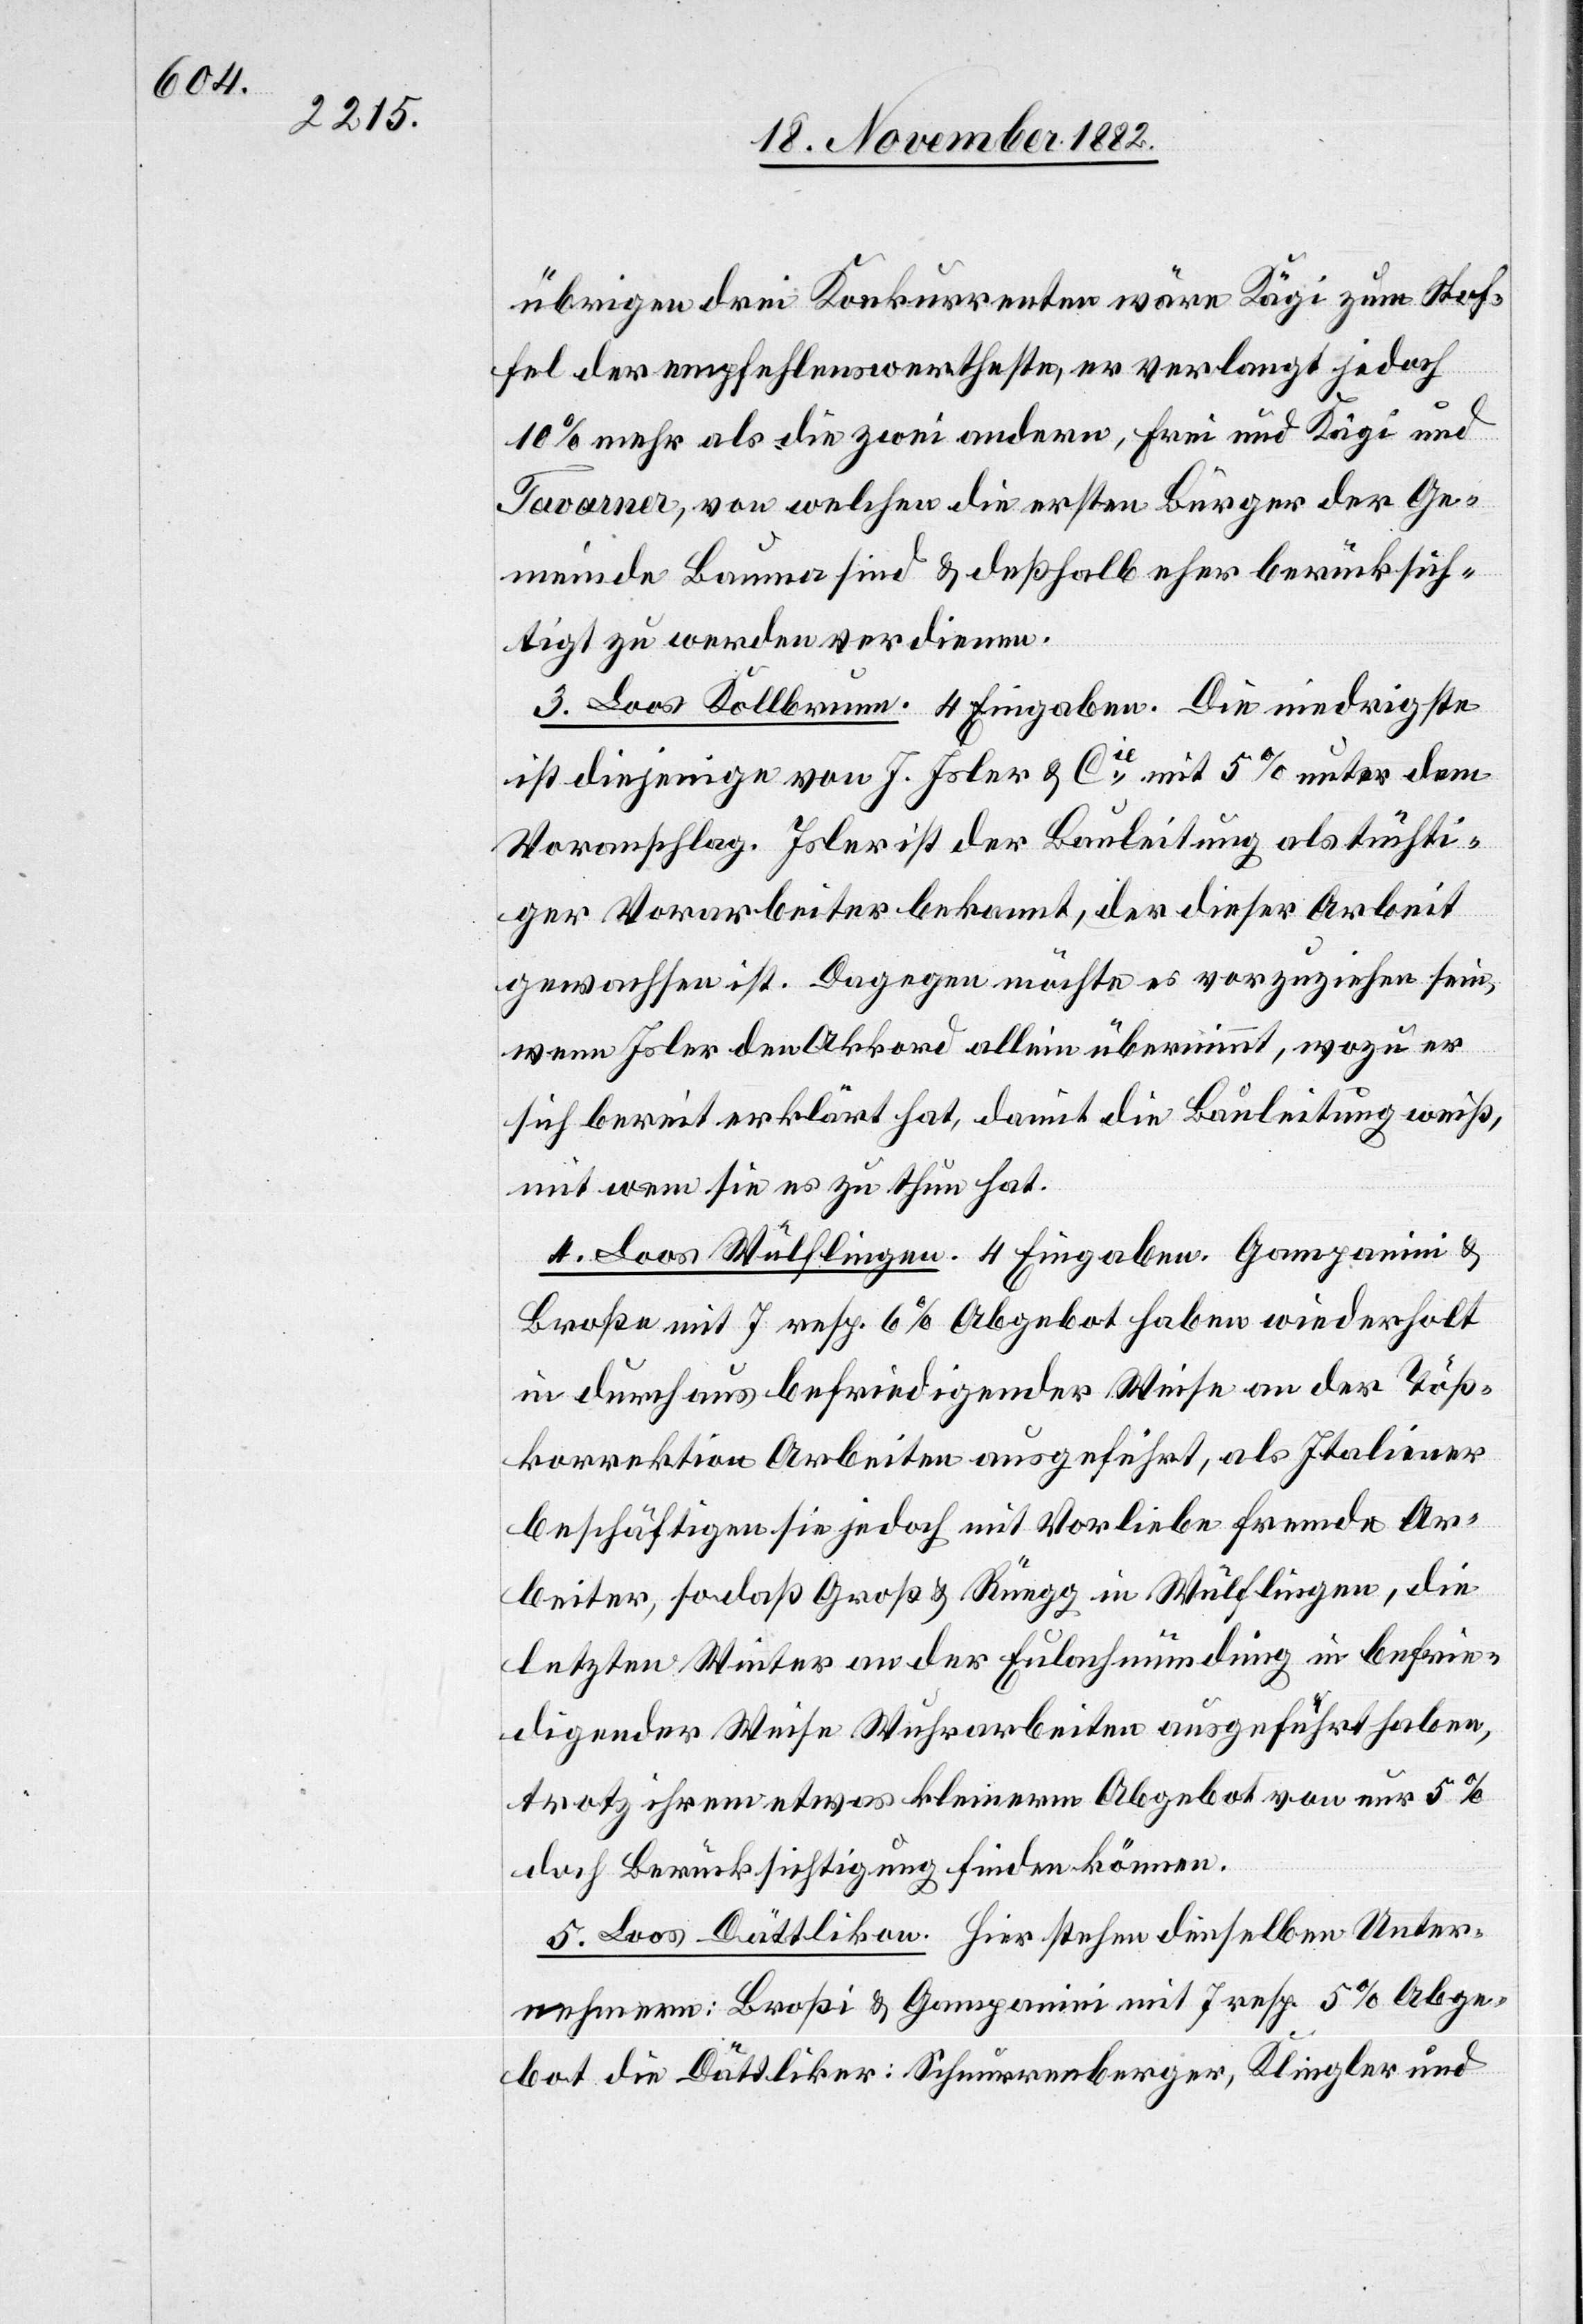
übrigen drei Konkurrenten wäre Kägi zum Stof¬
fel der empfehlenswertheste, er verlangt jedoch
10% mehr als die zwei andern, Frei und Kägi und
Tavarner, von welchen die ersten Bürger der Ge¬
meinde Bauma sind & deßhalb eher berücksich¬
tigt zu werden verdienen.
3. Loos Kollbrunn. 4 Eingaben. Die niedrigste
ist diejenige von J. Isler & Cie, mit 5% unter dem
Voranschlag. Isler ist der Bauleitung als tüchti¬
ger Vorarbeiter bekannt, der dieser Arbeit
gewachsen ist. Dagegen möchte es vorzuziehen sein,
wenn Isler den Akkord allein übernimmt, wozu er
sich bereit erklärt hat, damit die Bauleitung weiß,
mit wem sie es zu thun hat.
4. Loos Wülflingen. 4 Eingaben. Gampanini &
Broße mit 7 resp. 6% Abgebot haben wiederholt
in durchaus befriedigender Weise an der Töß¬
korrektion Arbeiten ausgeführt, als Italiener
beschäftigen sie jedoch mit Vorliebe fremde Ar¬
beiter, sodaß Groß & Rüegg in Wülflingen, die
letzten Winter an der Eulachmündung in befrie¬
digender Weise Wuhrarbeiten ausgeführt haben,
trotz ihrem etwas kleinerm [recte: kleinern]
doch Berücksichtigung finden können.
5. Loos Dättlikon. Hier stehen dieselben Unter¬
nehmern [sic!]: Broßi [sic!] & Gampanini mit 7 resp. 5% Abge¬
bot die Dättliker: Schnurrenberger, Klingler und